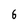
Character: 6